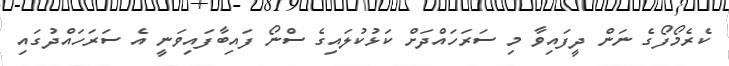
ކެރެމޯފޯގެ ނަން ދީފައިވާ މި ސަރަހައްދަށް ކަޅުކުލައިގެ ސްނޯ ފައިބާފައިވަނީ އެ ސަރަހައްދުގައި